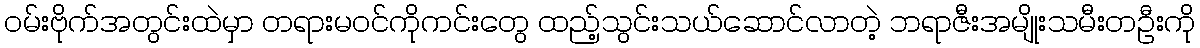
ဝမ်းဗိုက်အတွင်းထဲမှာ တရားမဝင်ကိုကင်းတွေ ထည့်သွင်းသယ်ဆောင်လာတဲ့ ဘရာဇီးအမျိုးသမီးတဦးကို